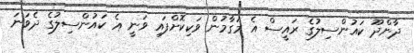
ދާންދޫ ކައުންސިލުގެ ރައީސް އެ މަގާމުން ވަކިކޮށްފައި ވަނީ އެ ކައުންސިލުގެ ދެވަނަ